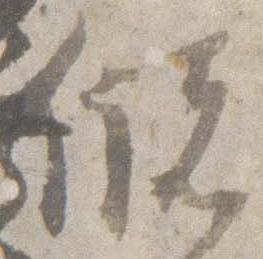
儲